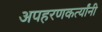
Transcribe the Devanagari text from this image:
अपहरणकर्त्यांनी